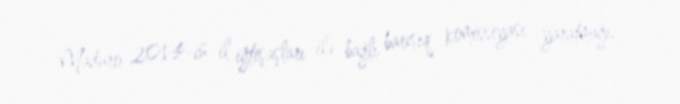
Maduro 2014-cü il iğtişaşları ilə bağlı barışıq komissiyası yaratmağı,